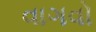
વાગવો